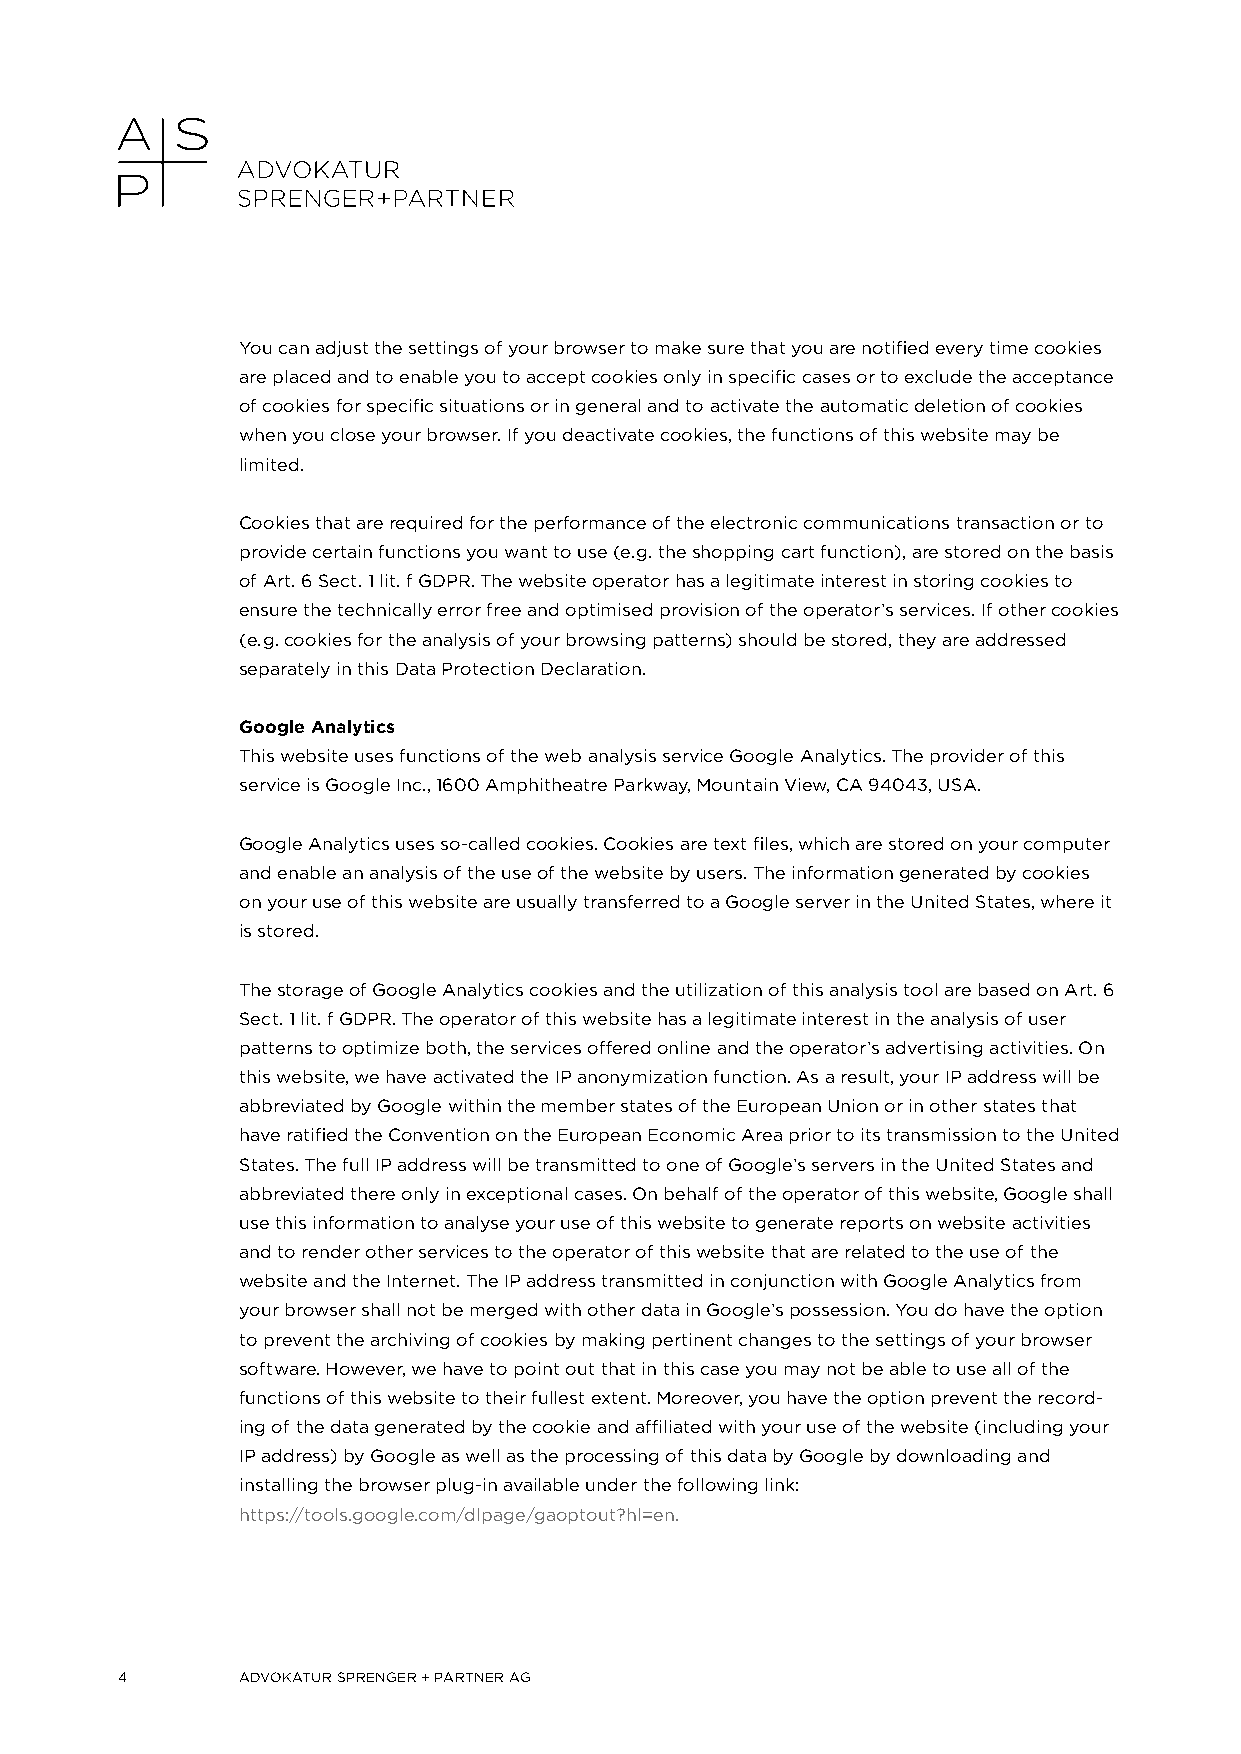
You can adjust the settings of your browser to make sure that you are notified every time cookies
 are placed and to enable you to accept cookies only in specific cases or to exclude the acceptance
 of cookies for specific situations or in general and to activate the automatic deletion of cookies
 when you close your browser. If you deactivate cookies, the functions of this website may be
 limited.
 Cookies that are required for the performance of the electronic communications transaction or to
 provide certain functions you want to use (e. g. the shopping cart function), are stored on the basis
 of Art. 6 Sect. 1 lit. f GDPR. The website operator has a legitimate interest in storing cookies to
 ensure the technically error free and optimised provision of the operator’s services. If other cookies
 (e. g. cookies for the analysis of your browsing patterns) should be stored, they are addressed
 separately in this Data Protection Declaration.
 Google Analytics
 This website uses functions of the web analysis service Google Analytics. The provider of this
 service is Google Inc., 1600 Amphitheatre Parkway, Mountain View, CA 94043, USA.
 Google Analytics uses so-called cookies. Cookies are text files, which are stored on your computer
 and enable an analysis of the use of the website by users. The information generated by cookies
 on your use of this website are usually transferred to a Google server in the United States, where it
 is stored.
 The storage of Google Analytics cookies and the utilization of this analysis tool are based on Art. 6
 Sect. 1 lit. f GDPR. The operator of this website has a legitimate interest in the analysis of user
 patterns to optimize both, the services offered online and the operator’s advertising activities. On
 this website, we have activated the IP anonymization function. As a result, your IP address will be
 abbreviated by Google within the member states of the European Union or in other states that
 have ratified the Convention on the European Economic Area prior to its transmission to the United
 States. The full IP address will be transmitted to one of Google’s servers in the United States and
 abbreviated there only in exceptional cases. On behalf of the operator of this website, Google shall
 use this information to analyse your use of this website to generate reports on website activities
 and to render other services to the operator of this website that are related to the use of the
 website and the Internet. The IP address transmitted in conjunction with Google Analytics from
 your browser shall not be merged with other data in Google’s possession. You do have the option
 to prevent the archiving of cookies by making pertinent changes to the settings of your browser
 software. However, we have to point out that in this case you may not be able to use all of the
 functions of this website to their fullest extent. Moreover, you have the option prevent the record-
 ing of the data generated by the cookie and affiliated with your use of the website (including your
 IP address) by Google as well as the processing of this data by Google by downloading and
 installing the browser plug-in available under the following link:
 https://tools.google.com/dlpage/gaoptout?hl=en.
 4       ADVOKATUR SPRENGER + PARTNER AG